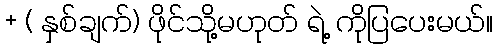
+ ( နှစ်ချက်) ဖိုင်သို့မဟုတ် ရဲ့ ကိုပြပေးမယ်။